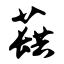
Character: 蕻